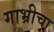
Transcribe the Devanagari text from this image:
गाभ्रीचा